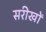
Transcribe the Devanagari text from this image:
सरीखों